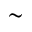
\sim